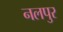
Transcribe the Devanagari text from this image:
नलपुर